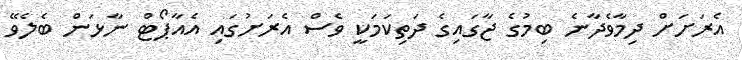
އެރަށަށް ދިމާވެދާނެ ބިމުގެ ޖާގައިގެ ދަތިކަމަކީ ވެސް އެރަށުގައި އެއާޕޯޓް ނާޅަން ބެލެވޭ